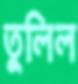
তুলিল